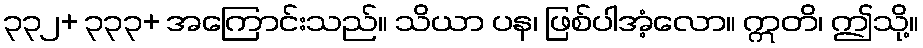
၃၃၂+ ၃၃၃+ အကြောင်းသည်။ သိယာ ပန၊ ဖြစ်ပါအံ့လော။ ဣတိ၊ ဤသို့။